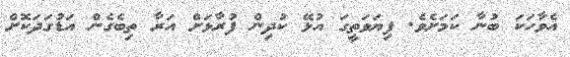
އެވާހަކަ ބުނާ ކަމަށެވެ. ފިޔަވަތީގަ އުޅޭ ކުދިން ފުރާޅަށް އަރާ ތިބެގެން އަޑުގަދަކޮށް